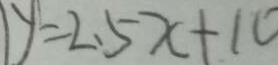
y = 2 . 5 x + 1 0